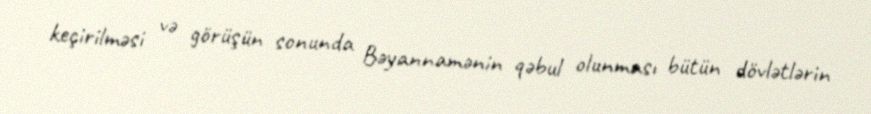
keçirilməsi və görüşün sonunda Bəyannamənin qəbul olunması bütün dövlətlərin